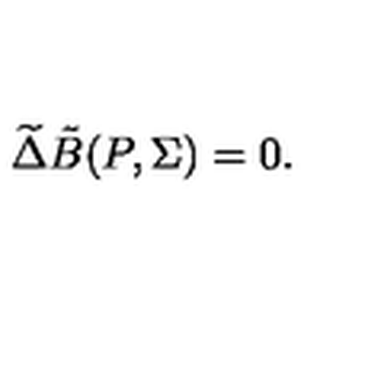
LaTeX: \widetilde { \Delta } { \tilde { B } } ( P , { \Sigma } ) = 0 .